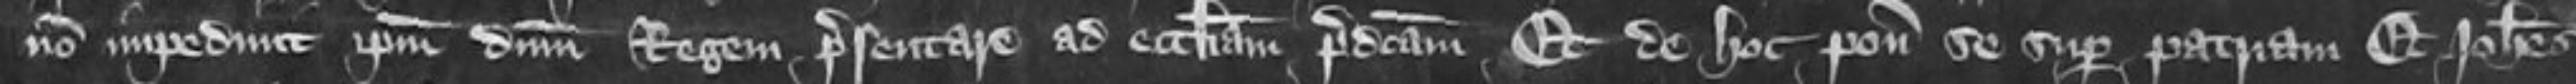
non impedivit ipsum dominum Regem presentare ad ecclesiam predictam Et de hoc ponit se super patriam Et Johannes